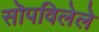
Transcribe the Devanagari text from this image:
सॊपविलेले